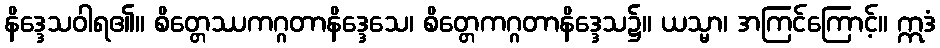
နိဒ္ဒေသဝါရ၏။ စိတ္တေဿကဂ္ဂတာနိဒ္ဒေသေ၊ စိတ္တေကဂ္ဂတာနိဒ္ဒေသ၌။ ယသ္မာ၊ အကြင်ကြောင့်။ ဣဒံ